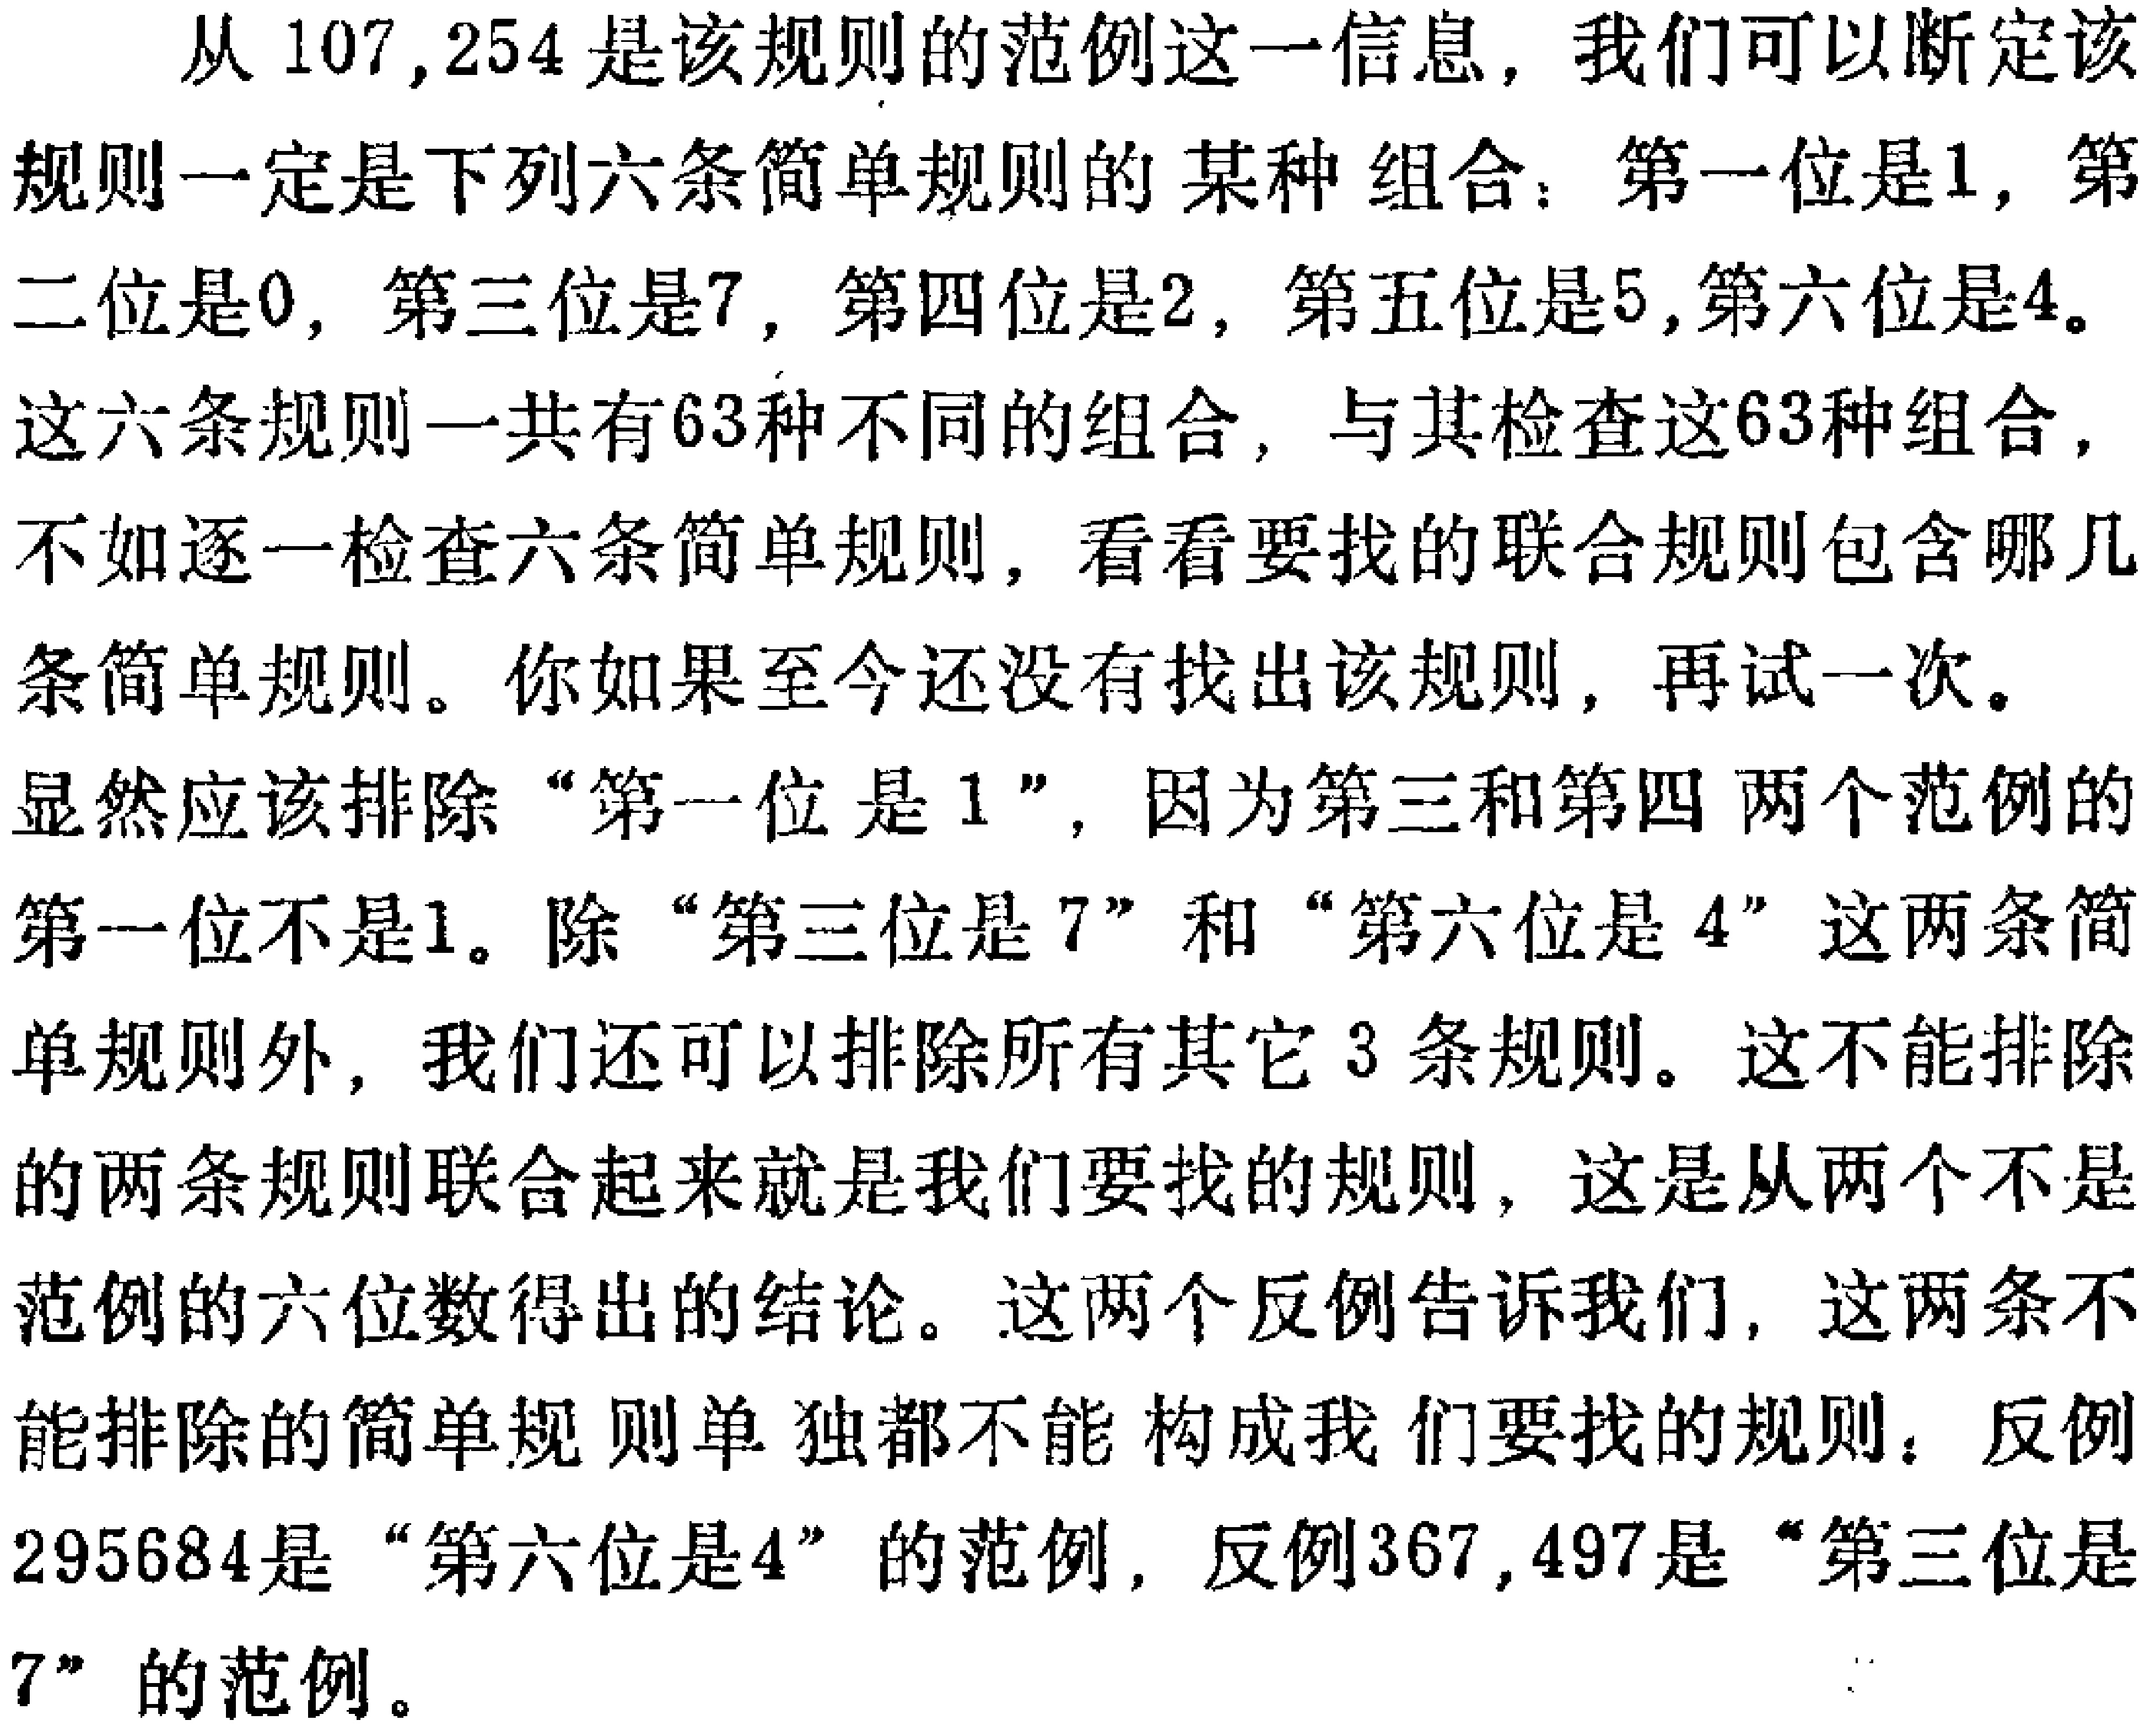
从107,254是该规则的范例这一信息，我们可以断定该规则一定是下列六条简单规则的某种组合：第一位是1, 第二位是0, 第三位是7, 第四位是2, 第五位是5,第六位是4。
这六条规则一共有63种不同的组合，与其检查这63种组合，不如逐一检查六条简单规则，看看要找的联合规则包含哪几条简单规则。你如果至今还没有找出该规则，再试一次。
显然应该排除“第一位是1”，因为第三和第四两个范例的第一位不是1。除“第三位是7”和“第六位是4”这两条简单规则外，我们还可以排除所有其它3条规则。这不能排除的两条规则联合起来就是我们要找的规则，这是从两个不是范例的六位数得出的结论。这两个反例告诉我们，这两条不能排除的简单规则单独都不能构成我们要找的规则：反例295684是“第六位是4”的范例，反例367,497是“第三位是7”的范例。